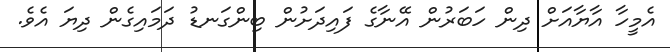
އެމީހާ އާޔާއަށް ދިން ހަބަރުން އޭނާގެ ފައިދަށުން ބިންގަނޑު ދަމައިގެން ދިޔަ އެވެ.